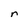
Character: r